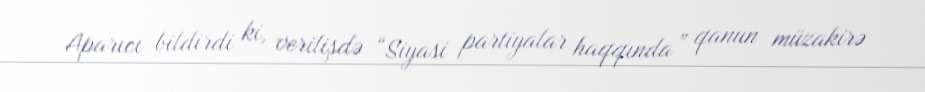
Aparıcı bildirdi ki, verilişdə “Siyasi partiyalar haqqında” qanun müzakirə